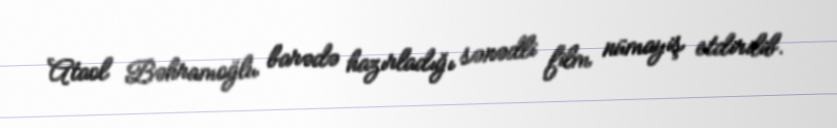
Ataol Bəhramoğlu barədə hazırladığı sənədli film nümayiş etdirilib.